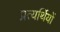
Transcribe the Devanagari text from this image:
प्रत्यर्थियों